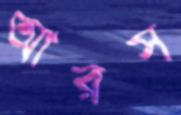
আরস